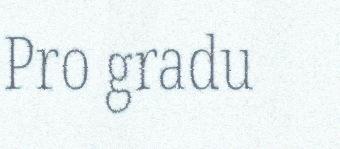
Pro gradu